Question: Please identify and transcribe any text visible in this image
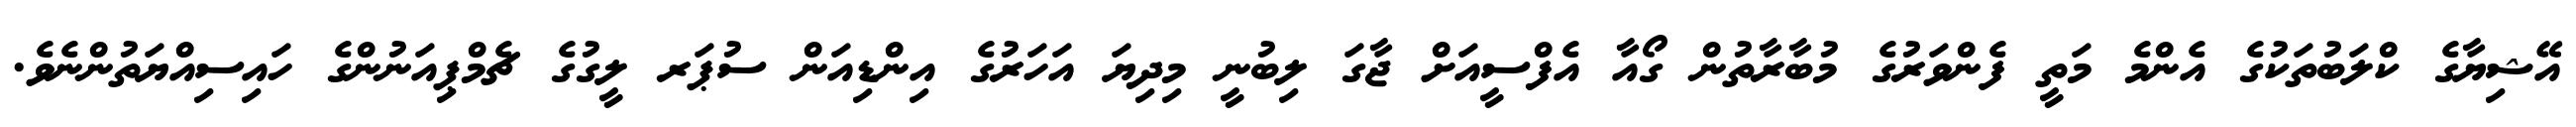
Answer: އޭޝިޔާގެ ކްލަބުތަކުގެ އެންމެ މަތީ ފެންވަރުގެ މުބާރާތުން ގޯއާ އެފްސީއަށް ޖާގަ ލިބުނީ މިދިޔަ އަހަރުގެ އިންޑިއަން ސުޕަރ ލީގުގެ ޗެމްޕިއަނުންގެ ހައިސިއްޔަތުންނެވެ.